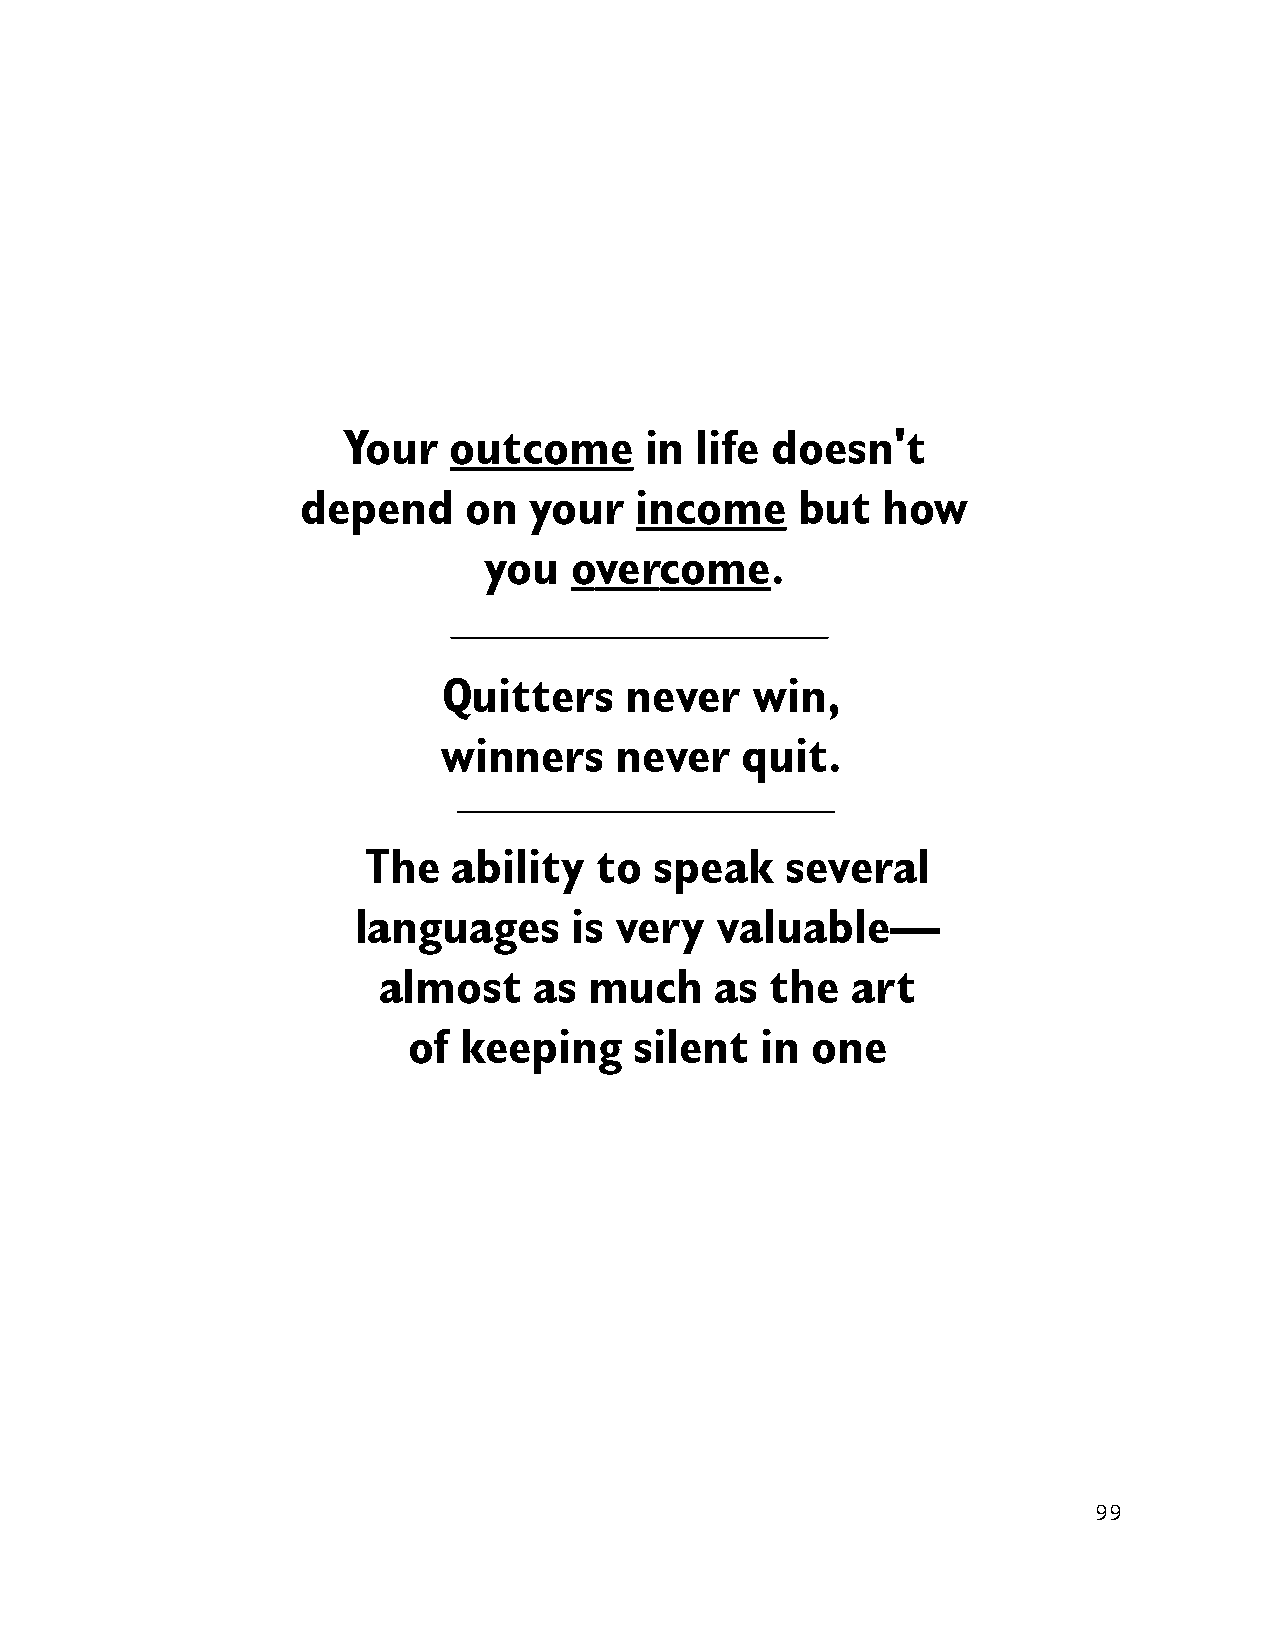
Your   outcome      in life doesn't
 depend     on  your   income     but  how
 you   overcome.
 Quitters    never    win,
 winners     never   quit.
 The   ability  to  speak    several
 languages      is very  valuable—
 almost    as  much    as  the  art
 of keeping     silent  in  one
 99